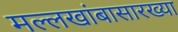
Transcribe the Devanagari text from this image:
मल्लखांबासारख्या